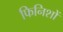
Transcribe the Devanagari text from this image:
फिनिशों